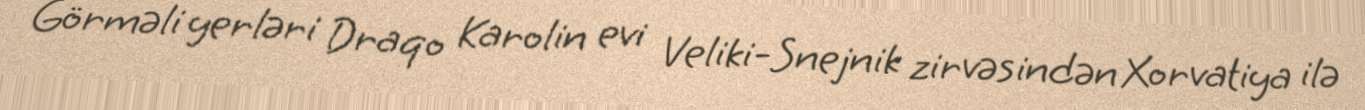
Görməli yerləri Draqo Karolin evi Veliki-Snejnik zirvəsindən Xorvatiya ilə